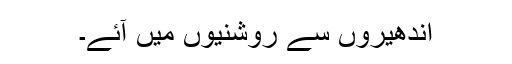
اندھیروں سے روشنیوں میں آئے۔